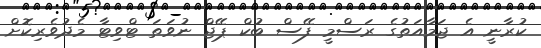
ކުރާނީ އެ ޖަމާއަތުގެ ރަސްމީ ފޭސް ބުކް ޕޭޖް ނުވަތަ ޓްވިޓާ މެދުވެރިކޮށް